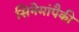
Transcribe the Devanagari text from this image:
सिनेमांपैकी